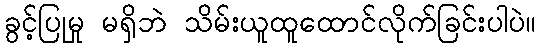
ခွင့်ပြုမှု မရှိဘဲ သိမ်းယူထူထောင်လိုက်ခြင်းပါပဲ။